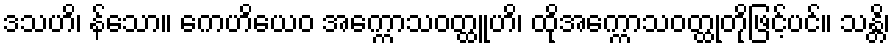
ဒသဟိ၊ န်သော။ ကေဟိယေဝ အက္ကောသဝတ္ထူဟိ၊ ထိုအက္ကောသဝတ္ထုတိုဖြင့်ပင်။ သန္တိ၊